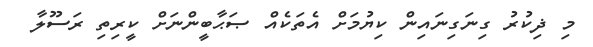
މި ޛިކުރު ގިނަގިނައިން ކިޔުމަށް އެތަކެއް ޞަޙާބީންނަށް ކީރިތި ރަސޫލާ